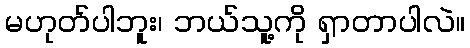
မဟုတ်ပါဘူး၊ ဘယ်သူ့ကို ရှာတာပါလဲ။